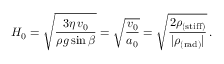
H _ { 0 } = \sqrt { \frac { 3 \eta \, v _ { 0 } } { \rho g \sin \beta } } = \sqrt { \frac { v _ { 0 } } { a _ { 0 } } } = \sqrt { \frac { 2 \rho _ { \mathrm { ( s t i f f ) } } } { | \rho _ { \mathrm { ( r a d ) } } | } } \, .